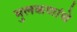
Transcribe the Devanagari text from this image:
मुलकणांचे